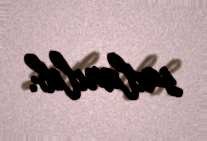
saxlanılıb.